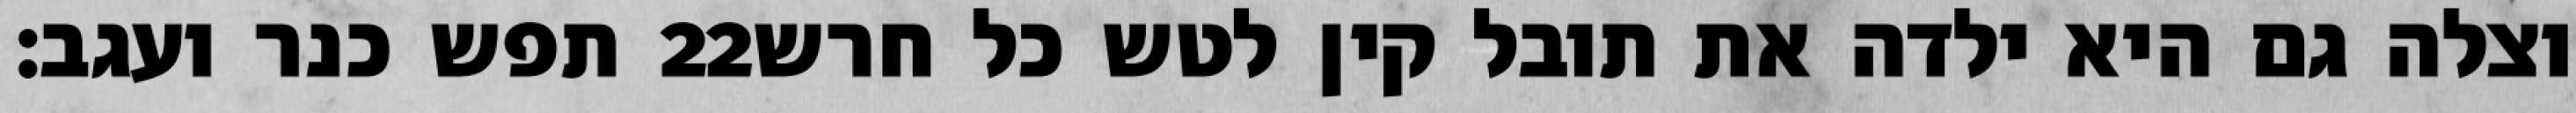
תפש כנר ועגב׃ ‎22‏ וצלה גם היא ילדה את תובל קין לטש כל חרש